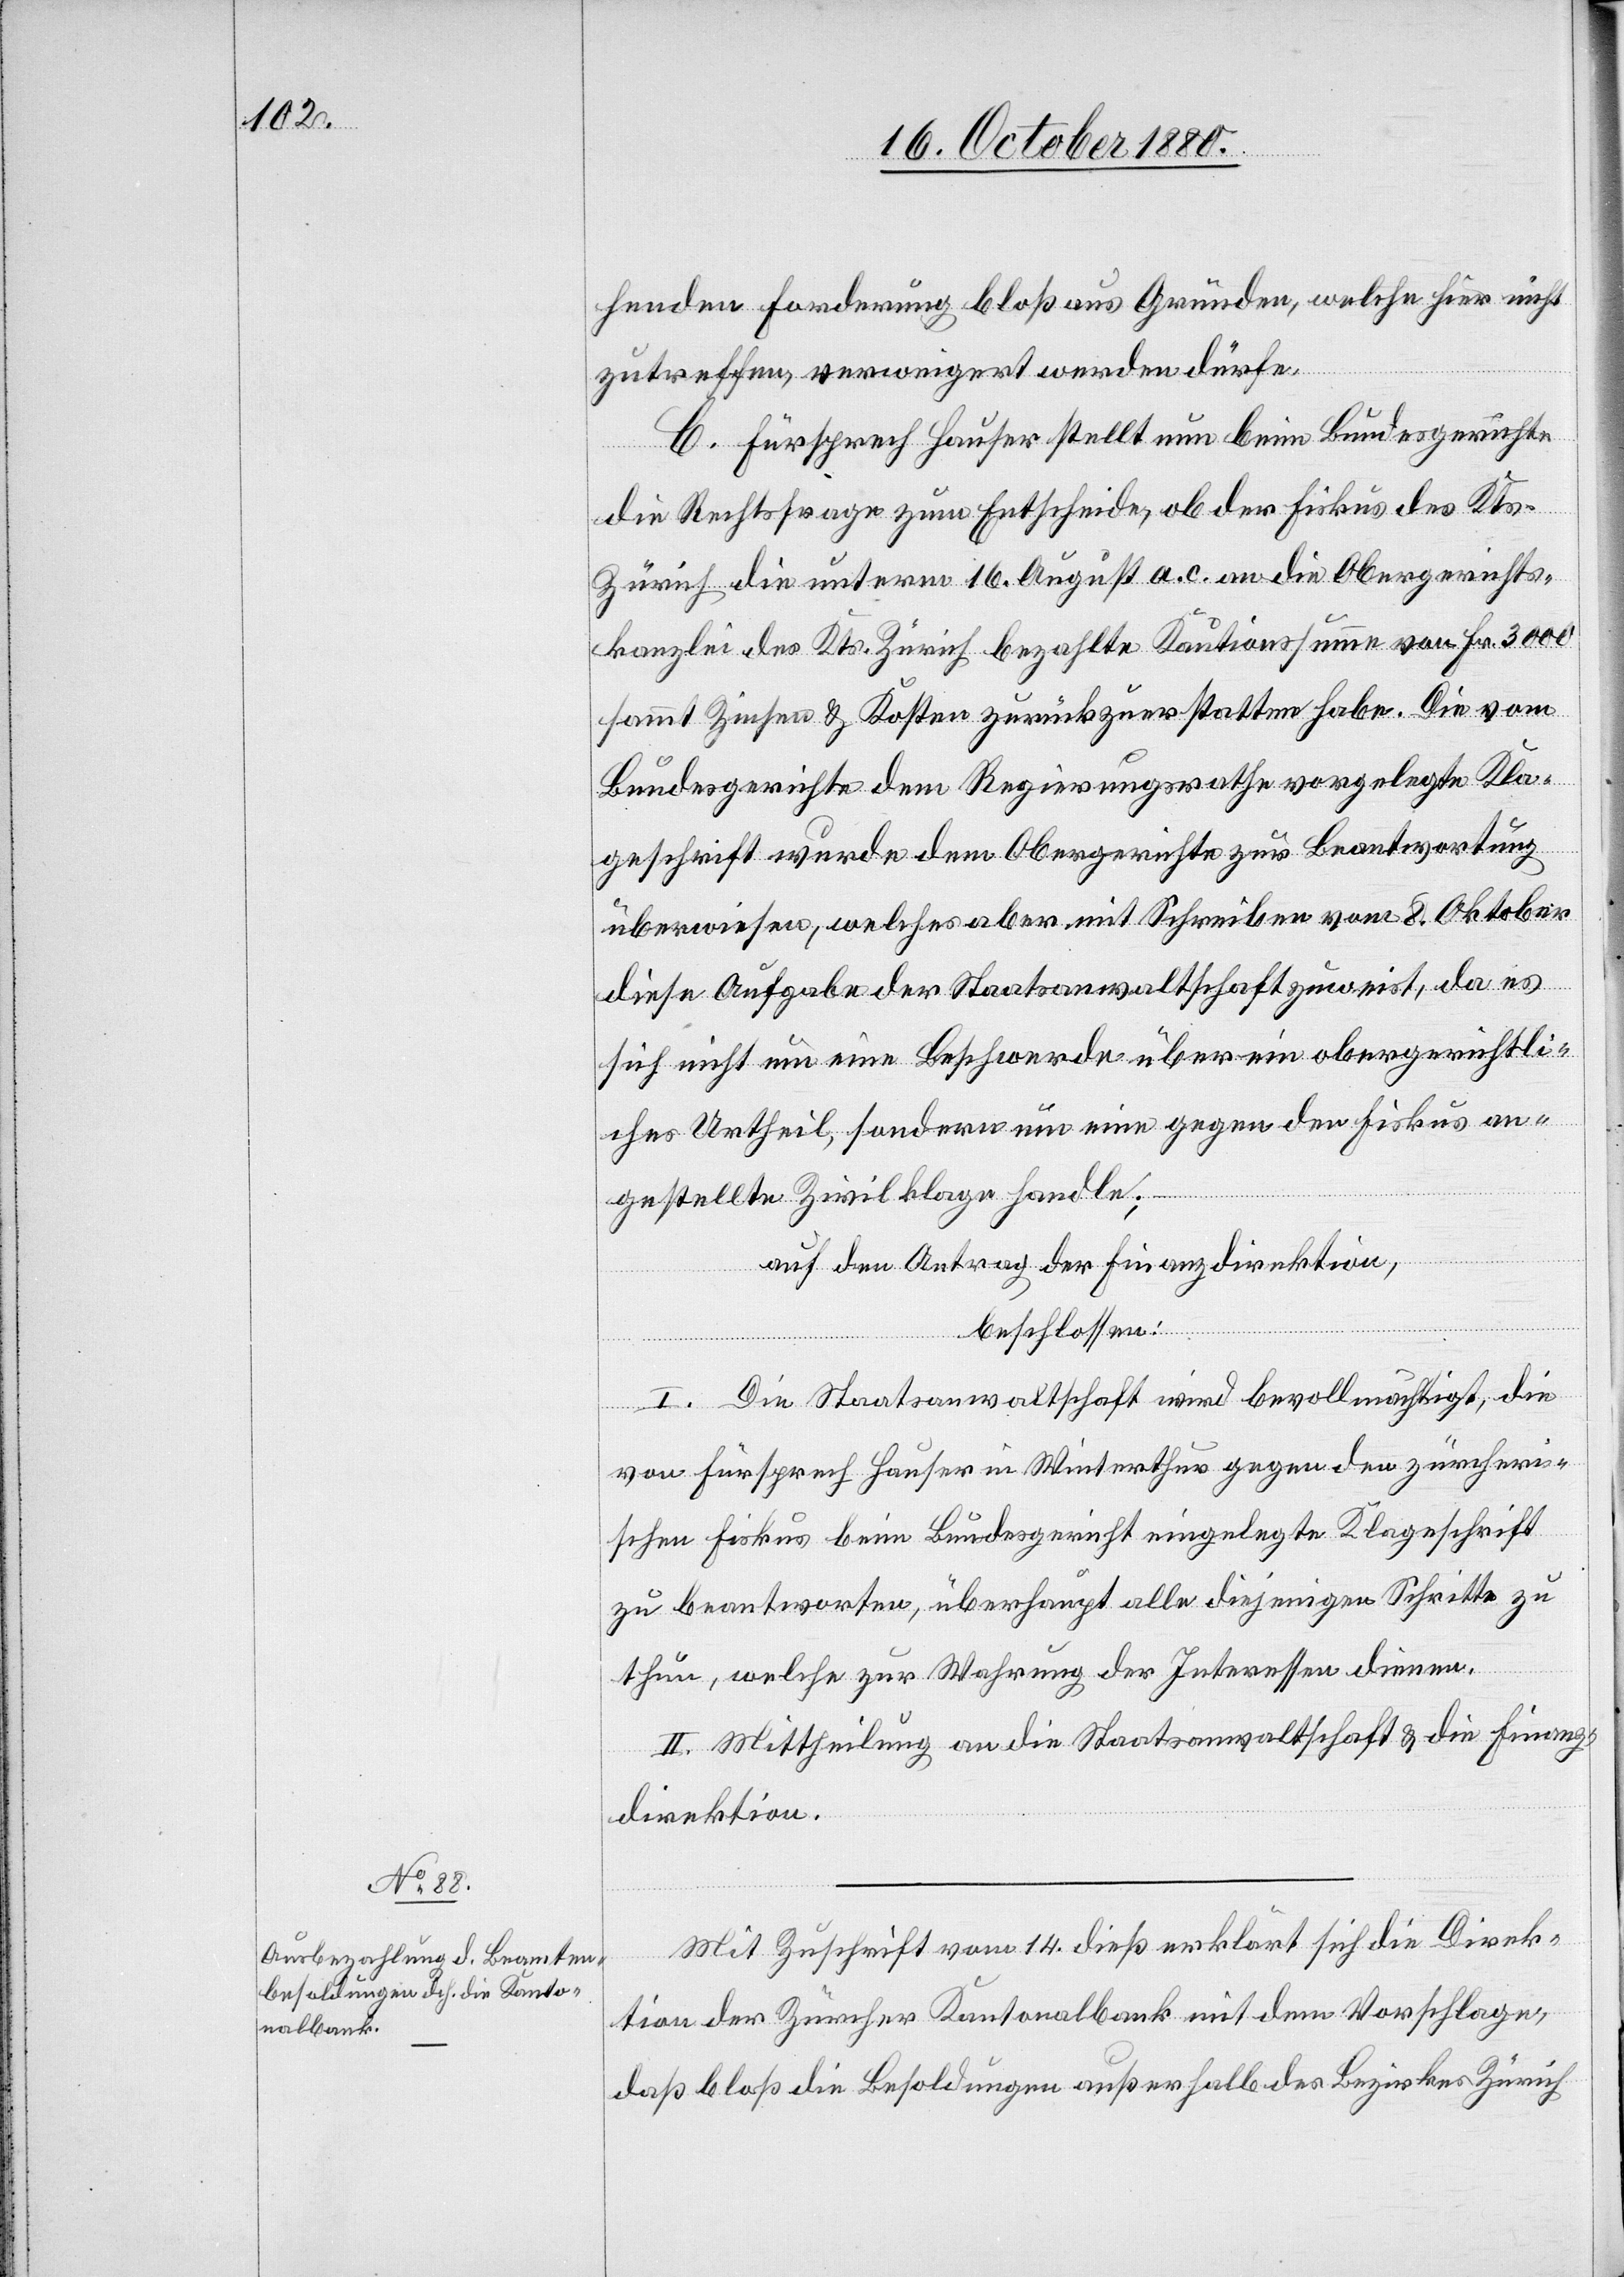
henden Forderung bloß aus Gründen, welche hier nicht
zutreffen, verweigert werden dürfe.
C. Fürsprech Hauser stellt nun beim Bundesgericht
die Rechtsfrage zum Entscheide, ob der Fiskus des Kts.
Zürich die unterm 16. August a. c. an die Obergerichts¬
kanzlei des Kts. Zürich bezahlte Kautionssumme von Fr. 3000
sammt Zinsen & Kosten zurückzuerstatten habe. Die vom
Bundesgerichte dem Regierungsrathe vorgelegte Kla¬
geschrift wurde dem Obergerichte zur Beantwortung
überwiesen, welches aber mit Schreiben vom 8. Oktober
diese Aufgabe der Staatsanwaltschaft zuweist, da es
sich nicht um eine Beschwerde über ein obergerichtli¬
ches Urtheil, sondern um eine gegen den Fiskus an¬
gestellte Zivilklage handle;
auf den Antrag der Finanzdirektion,
beschlossen:
I. Die Staatsanwaltschaft wird bevollmächtigt, die
von Fürsprech Hauser in Winterthur gegen den zürcheri¬
schen Fiskus beim Bundesgericht eingelegte Klageschrift
zu beantworten, überhaupt alle diejenigen Schritte zu
thun, welche zur Wahrung der Interessen dienen.
II. Mittheilung an die Staatsanwaltschaft & die Finanz¬
direktion.
Mit Zuschrift vom 14. dieß erklärt sich die Direk¬
tion der Zürcher Kantonalbank mit dem Vorschlage,
daß bloß die Besoldungen außerhalb des Bezirkes Zürich